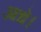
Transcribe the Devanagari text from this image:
आधे।